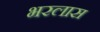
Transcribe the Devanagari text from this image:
भरलास